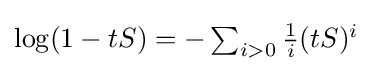
\textstyle \log(1-tS)=-\sum _{i>0}{\frac {1}{i}}(tS)^{i}